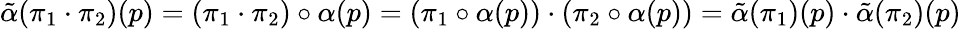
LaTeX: \tilde{\alpha}(\pi_{1}\cdot\pi_{2})(p)=(\pi_{1}\cdot\pi_{2})\circ\alpha(p)=(\pi_{1}\circ\alpha(p))\cdot(\pi_{2}\circ\alpha(p))=\tilde{\alpha}(\pi_{1})(p)\cdot\tilde{\alpha}(\pi_{2})(p)